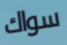
سواك